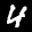
Label: 4